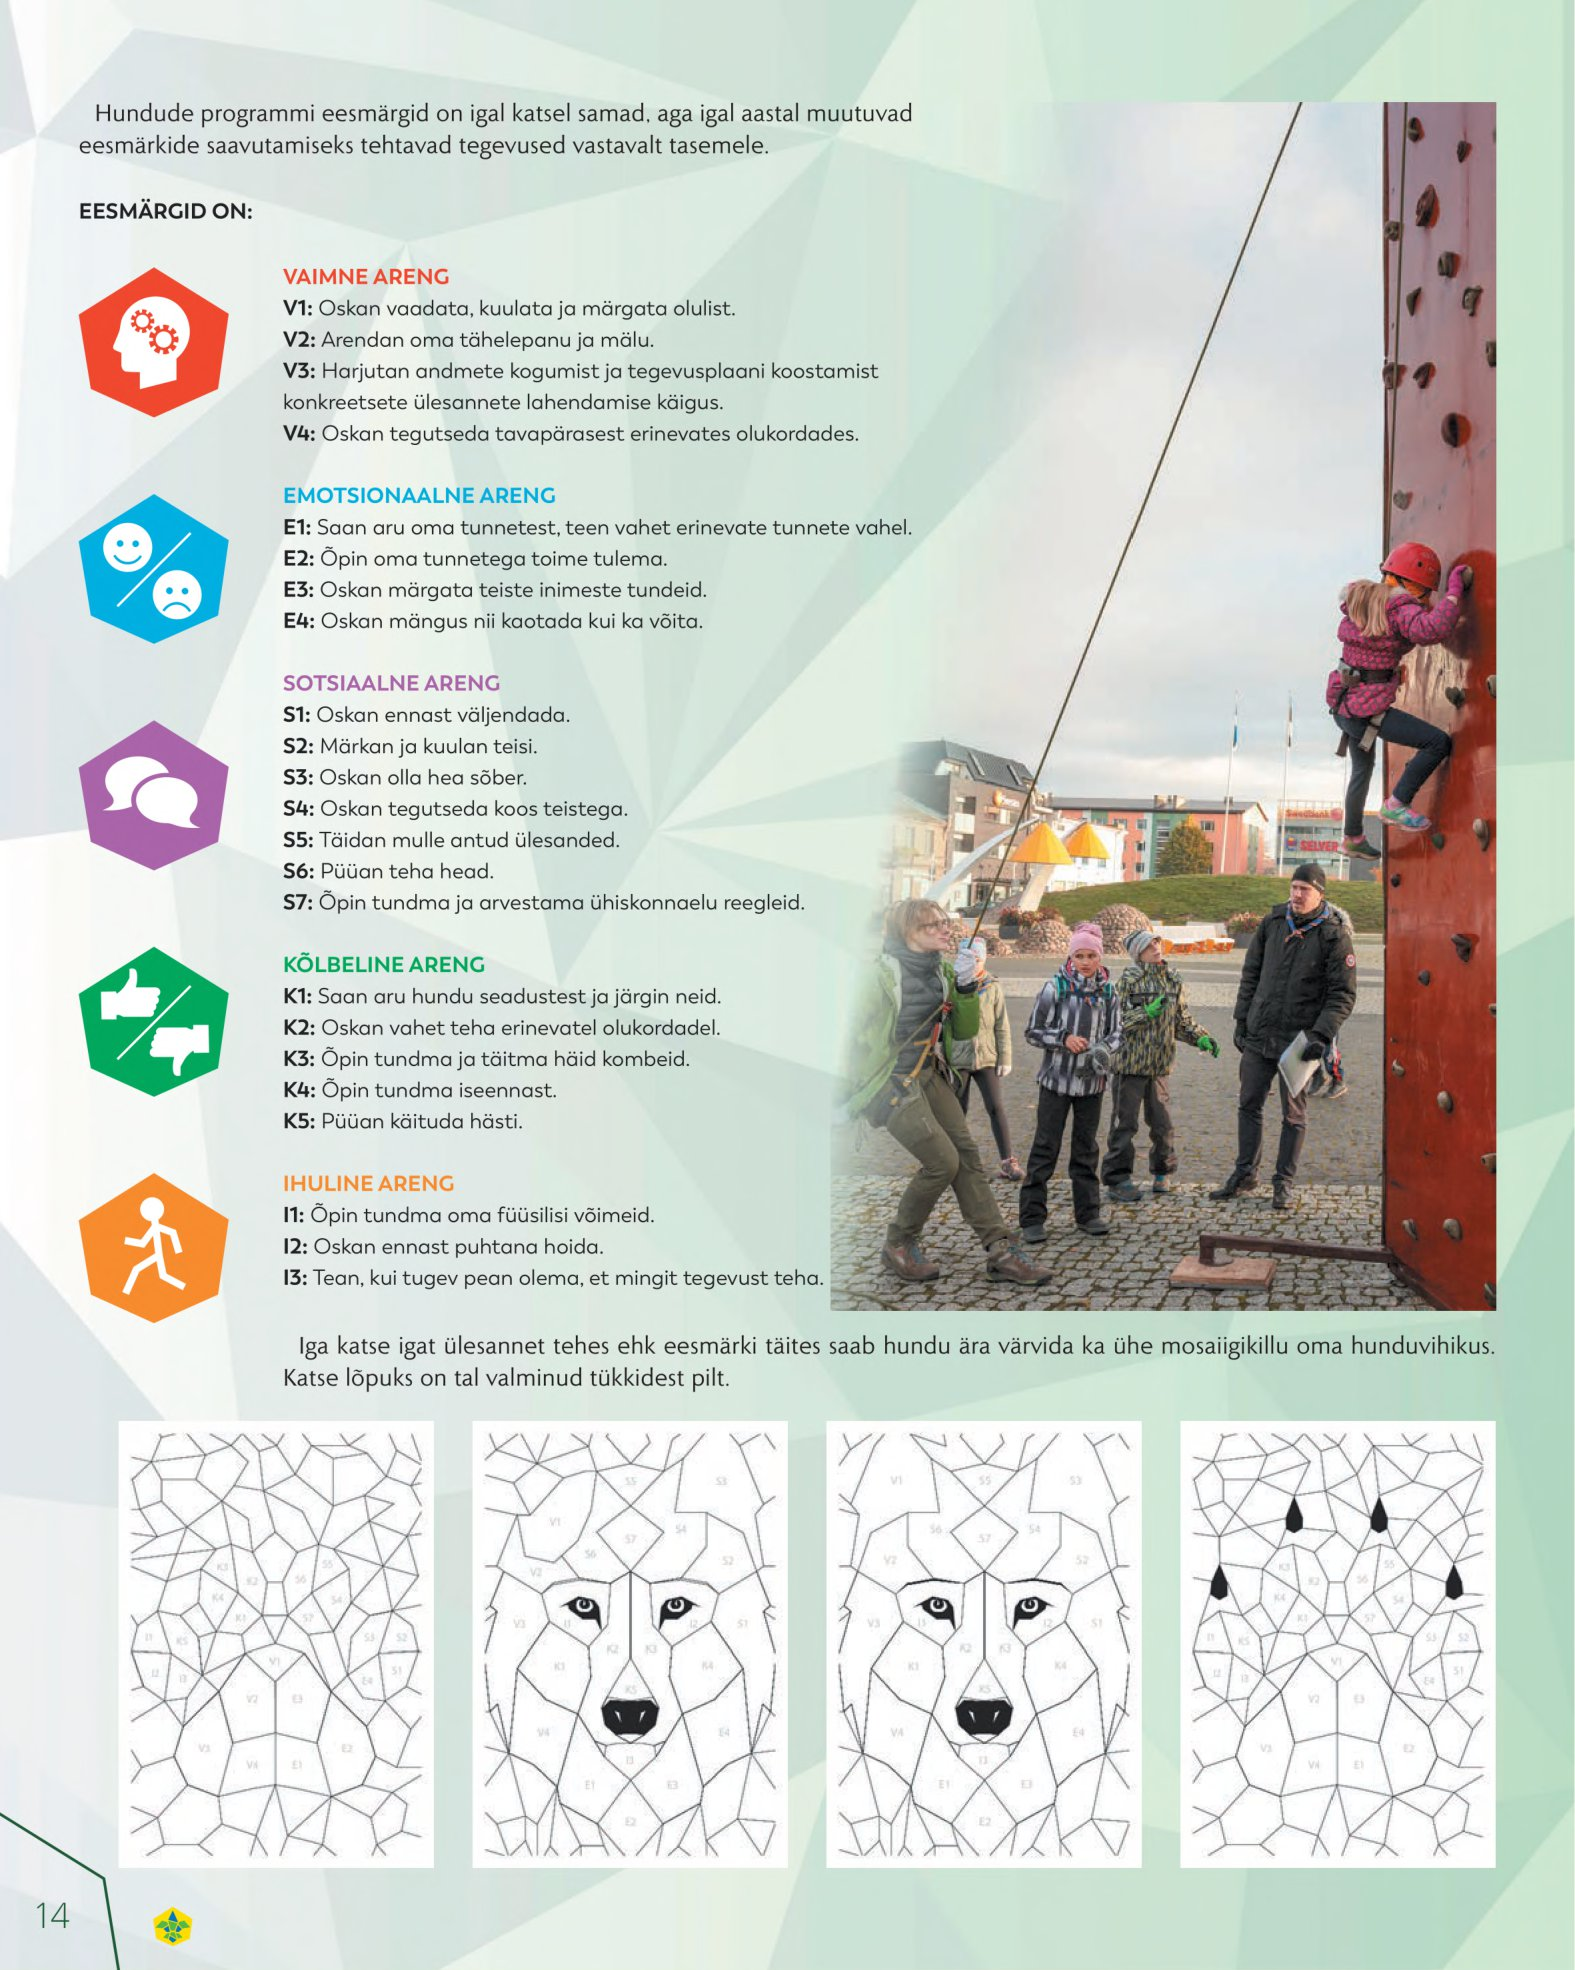
Language: et